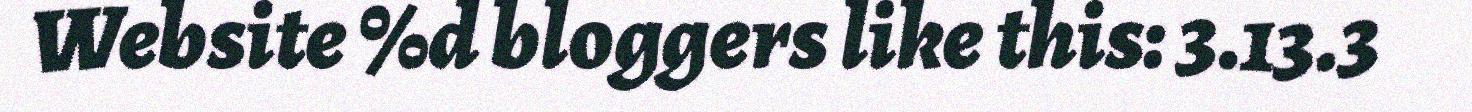
Website %d bloggers like this: 3.13.3